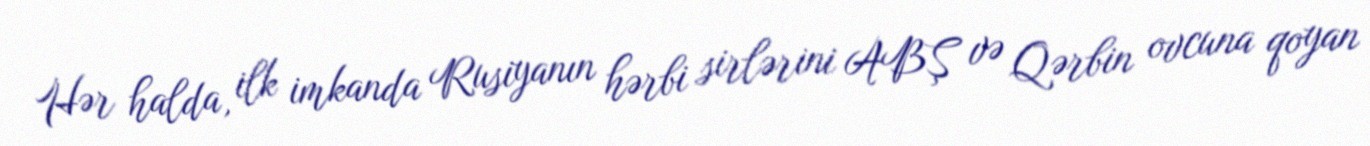
Hər halda, ilk imkanda Rusiyanın hərbi sirlərini ABŞ və Qərbin ovcuna qoyan